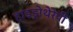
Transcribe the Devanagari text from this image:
हाइड्रोथेरेपी